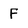
Character: F